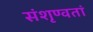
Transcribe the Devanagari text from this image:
संशृण्वतां